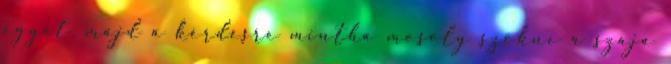
egyet, majd a kérdésre mintha mosoly szökne a szája